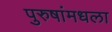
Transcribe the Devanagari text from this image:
पुरुषांमधला